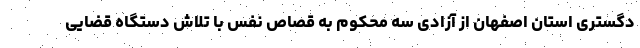
دگستری استان اصفهان از آزادی سه محکوم به قصاص نفس با تلاش دستگاه قضایی